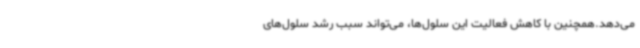
می‌دهد.همچنین با کاهش فعالیت این سلول‌ها، می‌تواند سبب رشد سلول‌های